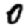
Digit: 0